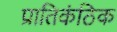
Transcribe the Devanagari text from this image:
प्रातिकंठिक